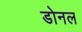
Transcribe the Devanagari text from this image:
डोनल